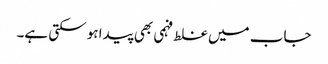
جاب میں غلط فہمی بھی پیدا ہو سکتی ہے۔